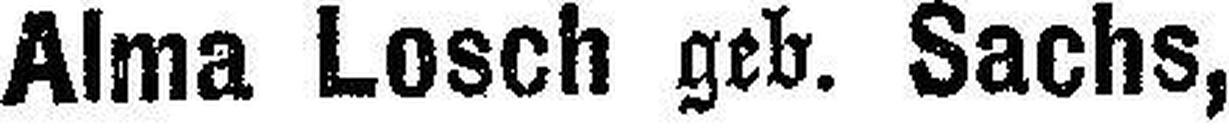
Alma Losch geb. Sachs,